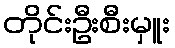
တိုင်းဦးစီးမှူး